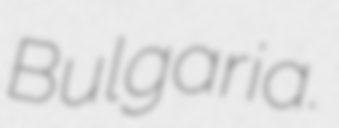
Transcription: Bulgaria.